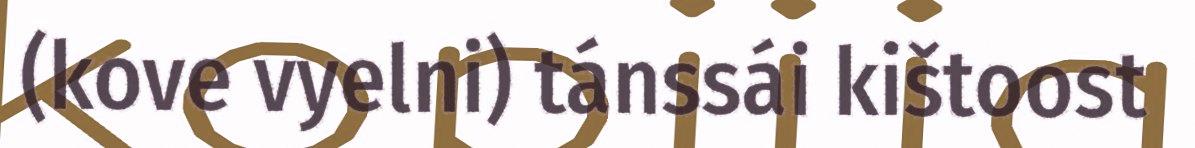
(kove vyelni) tánssái kištoost